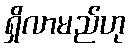
ရှိလာမည်ဟု